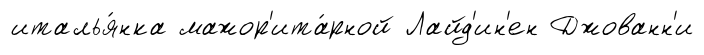
италья́нка мажор'ита́рной Лайд'ин'ен Джованн'и